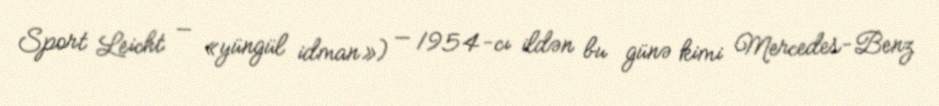
Sport Leicht — «yüngül idman») — 1954-cı ildən bu günə kimi Mercedes-Benz